Senior Leaving Certificate Examination (including Day School Certificate (Higher) General paper), 1950
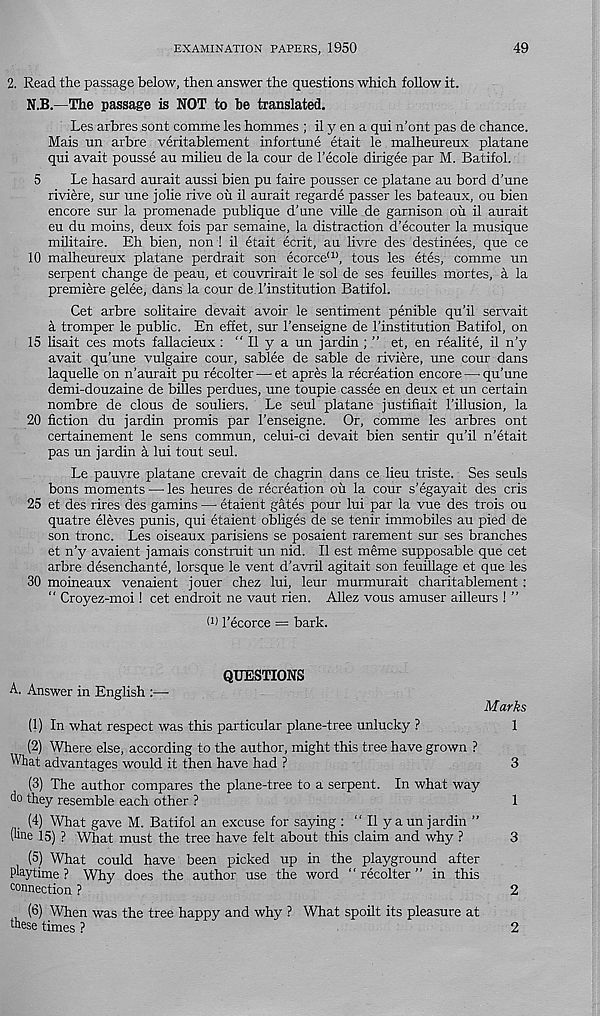
EXAMINATION PAPERS, 1950
49
2. Read the passage below, then answer the questions which follow it.
N.B.—The passage is NOT to be translated.
Les arbres sont comme les hommes ; il y en a qui n’ont pas de chance.
Mais un arbre veritablement infortune etait le malheureux platane
qui avait pousse au milieu de la cour de 1’ecole dirigee par M. Batifol.
5
Le hasard aurait aussi bien pu faire pousser ce platane au bord d'une
riviere, sur une jolie rive ou il aurait regarde passer les bateaux, ou bien
encore sur la promenade publique d’une ville de garnison oil il aurait
eu du moins, deux fois par semaine, la distraction d’ecouter la musique
militaire. Eh bien, non ! il etait ecrit, au livre des destinees, que ce
10 malheureux platane perdrait son ecorce a> , tous les etes, comme un
serpent change de peau, et couvrirait le sol de ses feuilles mortes, a la
premiere gelee, dans la cour de I’institution Batifol.
Get arbre solitaire devait avoir le sentiment penible qu’il servait
a tromper le public. En effet, sur 1’enseigne de 1’institution Batifol, on
15 lisait ces mots fallacieux : “ Il y a un jardin ; ” et, en realite, il n’y
avait qu’une vulgaire cour, sablee de sable de riviere, une cour dans
laquelle on n’aurait pu recolter — et apres la recreation encore—■ qu’une
demi-douzaine de billes perdues, une toupie cassee en deux et un certain
nombre de clous de souliers. Le seul platane justifiait I’illusion, la
20 fiction du jardin promis par I’enseigne. Or, comme les arbres ont
certainement le sens commun, celui-ci devait bien sentir qu’il n’etait
pas un jardin a lui tout seul.
Le pauvre platane crevait de chagrin dans ce lieu triste. Ses seuls
bons moments — les heures de recreation ou la cour s’egayait des cris
25 et des rires des gamins — etaient gates pour lui par la vue des trois ou
quatre eleves punis, qui etaient obliges de se tenir immobiles au pied de
son tronc. Les oiseaux parisiens se posaient rarement sur ses branches
et n’y avaient jamais construit un nid. Il est meme supposable que cet
arbre desenchante, lorsque le vent d’avril agitait son feuillage et que les
30 moineaux venaient jouer chez lui, leur murmurait charitablement :
“ Croyez-moi! cet endroit ne vaut rien. Allez vous amuser ailleurs ! ”
1’ecorce = bark.
QUESTIONS
A. Answer in English :—
Marks
(1) In what respect was this particular plane-tree unlucky ?
1
(2) Where else, according to the author, might this tree have grown ?
What advantages would it then have had ?
3
(3) The author compares the plane-tree to a serpent. In what way
do they resemble each other ?
1
(4) What gave M. Batifol an excuse for saying : “ Il y a un jardin ”
(line 15) ? What must the tree have felt about this claim and why ?
3
(5) What could have been picked up in the playground after
playtime ? Why does the author use the word “ recolter ” in this
connection ?
2
(3) When was the tree happy and why ? What spoilt its pleasure at
these times ?
2